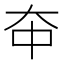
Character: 𫯞